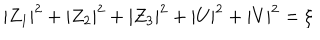
| Z _ { 1 } | ^ { 2 } + | Z _ { 2 } | ^ { 2 } + | Z _ { 3 } | ^ { 2 } + | U | ^ { 2 } + | V | ^ { 2 } = \xi